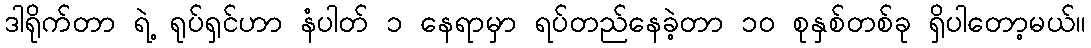
ဒါရိုက်တာ ရဲ့ ရုပ်ရှင်ဟာ နံပါတ် ၁ နေရာမှာ ရပ်တည်နေခဲ့တာ ၁၀ စုနှစ်တစ်ခု ရှိပါတော့မယ်။